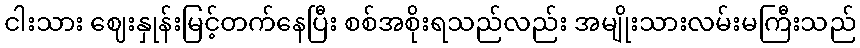
ငါးသား ဈေးနှုန်းမြင့်တက်နေပြီး စစ်အစိုးရသည်လည်း အမျိုးသားလမ်းမကြီးသည်